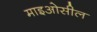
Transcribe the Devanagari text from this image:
माइओसील